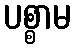
ပစ္စာမ